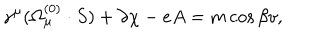
\gamma ^ { \mu } ( \Omega _ { \mu } ^ { ( 0 ) } \cdot S ) + \partial \chi - e A = m \cos { \beta } v ,